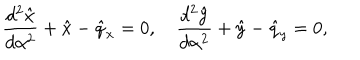
LaTeX: { \frac { d ^ { 2 } \hat { x } } { d \alpha ^ { 2 } } } + \hat { x } - \hat { q } _ { x } = 0 , \quad { \frac { d ^ { 2 } \hat { y } } { d \alpha ^ { 2 } } } + \hat { y } - \hat { q } _ { y } = 0 ,